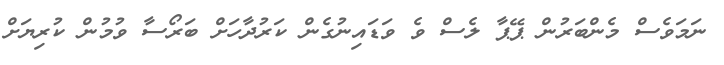
ނަމަވެސް މެންބަރުން ޕޭޕާ ލެސް ވެ ވަޑައިނުގެން ކަރުދާހަށް ބަރޯސާ ވުމުން ކުރިޔަށް